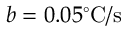
b = 0 . 0 5 ^ { \circ } \mathrm { C } / \mathrm { s }